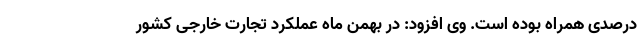
درصدی همراه بوده است. وی افزود: در بهمن ماه عملکرد تجارت خارجی کشور